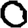
Digit: 0